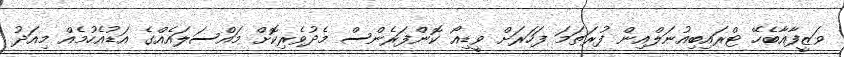
ވަޒީފާއާބެހޭ ޓްރައިބިއުނަލްއިން ފުރަތަމަ ފަހަރަށް ވީޑިއޯ ކޮންފަރެންސް މެދުވެރިކޮށް މައްސަލައެއްގެ އަޑުއެހުމެއް މިއަދު